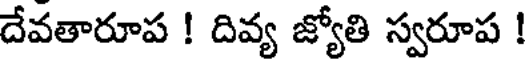
దేవతారూప ! దివ్య జ్యోతి స్వరూప !